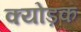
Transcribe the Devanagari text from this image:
क्योड़क